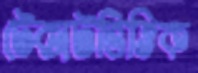
টেক্সটভিত্তিক